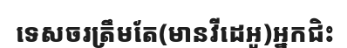
ទេសចរត្រឹមតែ(មានវីដេអូ)អ្នកជិះ